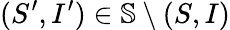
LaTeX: (S^{\prime},I^{\prime})\in\mathbb{S}\setminus{(S,I)}